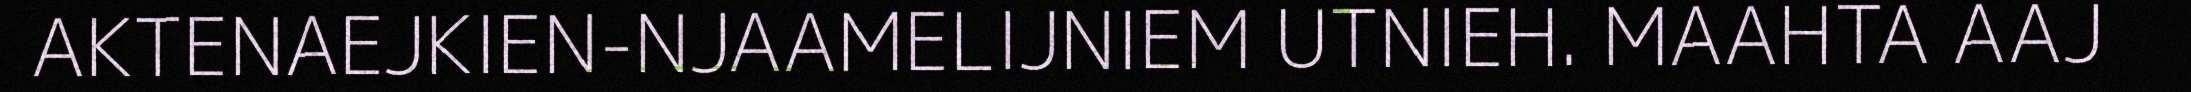
AKTENAEJKIEN-NJAAMELIJNIEM UTNIEH. MAAHTA AAJ